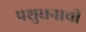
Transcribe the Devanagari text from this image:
पशुधनाची